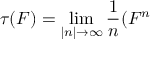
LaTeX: \tau ( F ) = \operatorname * { l i m } _ { \left| n \right| \rightarrow \infty } \frac { 1 } { n } ( F ^ { n }